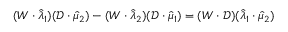
( { W \cdot \hat { \lambda } _ { 1 } } ) ( \mathcal { D } \cdot \hat { \mu } _ { 2 } ) - ( { W \cdot \hat { \lambda } _ { 2 } } ) ( \mathcal { D } \cdot \hat { \mu } _ { 1 } ) = ( W \cdot \mathcal { D } ) ( \hat { \lambda } _ { 1 } \cdot \hat { \mu } _ { 2 } )